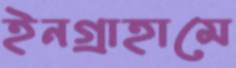
ইনগ্রাহামে